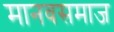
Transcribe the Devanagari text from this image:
मानवसमाज